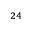
^ { 2 4 }